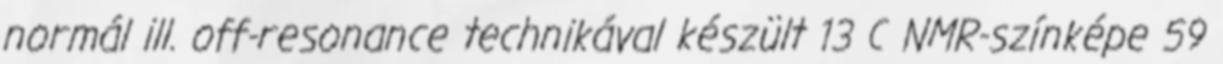
normál ill. off-resonance technikával készült 13 C NMR-színképe 59